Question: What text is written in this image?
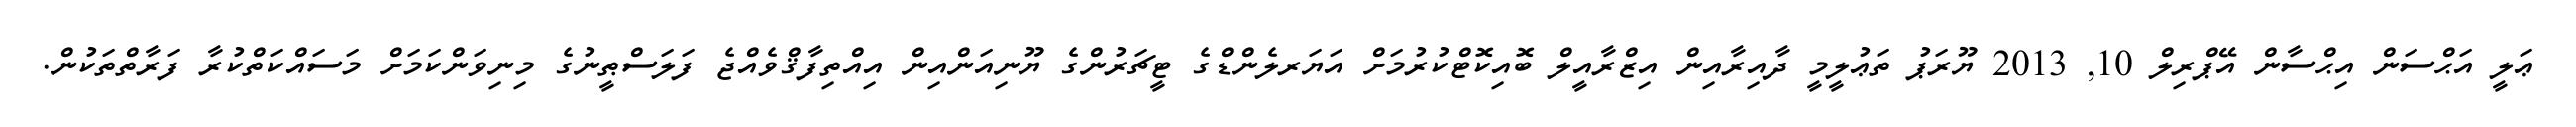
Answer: ޢަލީ އަޙްސަން އިޙްސާން އޭޕްރިލް 10, 2013 ޔޫރަޕު ތަޢުލީމީ ދާއިރާއިން އިޒްރާއީލް ބޮއިކޮޓްކުރުމަށް އަޔަރލެންޑްގެ ޓީޗަރުންގެ ޔޫނިއަންއިން އިއްތިފާޤްވެއްޖެ ފަލަސްޠީނުގެ މިނިވަންކަމަށް މަސައްކަތްކުރާ ފަރާތްތަކުން.